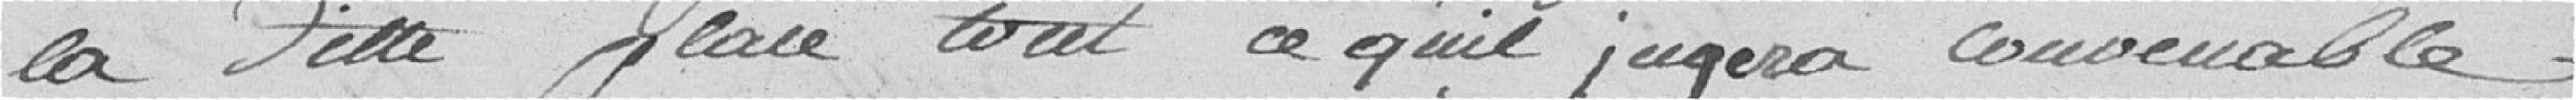
la dite place, tout ce qu'il jugera convenable